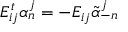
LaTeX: E _ { i j } ^ { t } \alpha _ { n } ^ { j } = - E _ { i j } \tilde { \alpha } _ { - n } ^ { j }